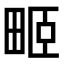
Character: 𤱻